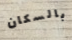
بالسكان